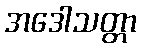
အဒေါသတ္တာ